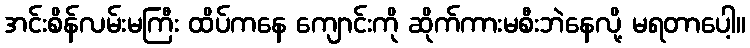
အင်းစိန်လမ်းမကြီး ထိပ်ကနေ ကျောင်းကို ဆိုက်ကားမစီးဘဲနေလို့ မရတာပေါ့။